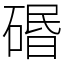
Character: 䃉